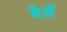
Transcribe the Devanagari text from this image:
बेर्ने